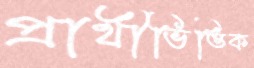
প্রার্থীভিত্তিক